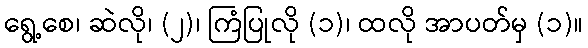
ရွေ့စေ၊ ဆဲလို၊ (၂)၊ ကြံပြုလို (၁)၊ ထလို အာပတ်မှ (၁)။